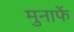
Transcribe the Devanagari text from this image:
मुनाफें